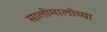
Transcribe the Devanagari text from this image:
सालोमालोच्या